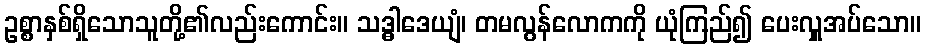
ဥစ္စာနှစ်ရှိသောသူတို့၏လည်းကောင်း။ သဒ္ဓါဒေယျံ၊ တမလွန်လောကကို ယုံကြည်၍ ပေးလှူအပ်သော။